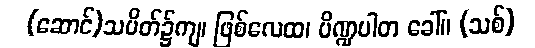
(ဆောင်)သပိတ်၌ကျ၊ ဖြစ်လေထ၊ ပိဏ္ဍပါတ ခေါ်။ (သစ်)